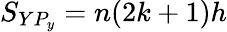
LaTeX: S_{YP_{y}}=n(2k+1)h